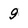
Character: 9